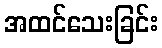
အထင်သေးခြင်း